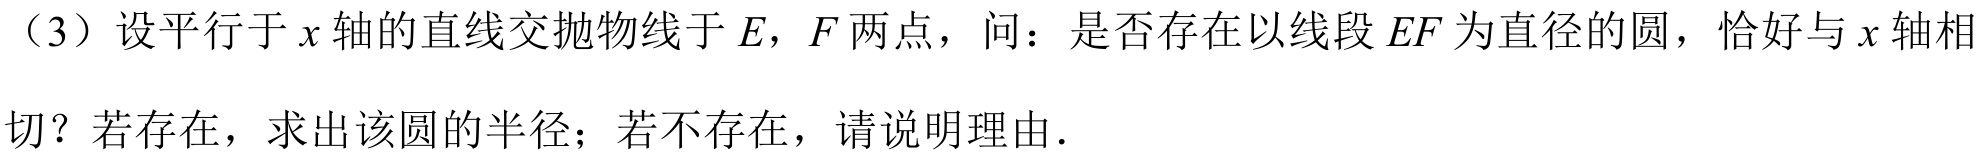
（3）设平行于\(x\)轴的直线交抛物线于\(E\)，\(F\)两点，问：是否存在以线段\(EF\)为直径的圆，恰好与\(x\)轴相切？若存在，求出该圆的半径；若不存在，请说明理由．